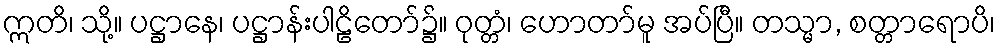
ဣတိ၊ သို့။ ပဋ္ဌာနေ၊ ပဋ္ဌာန်းပါဠိတော်၌။ ဝုတ္တံ၊ ဟောတာ်မူ အပ်ပြီ။ တသ္မာ, စတ္တာရောပိ၊